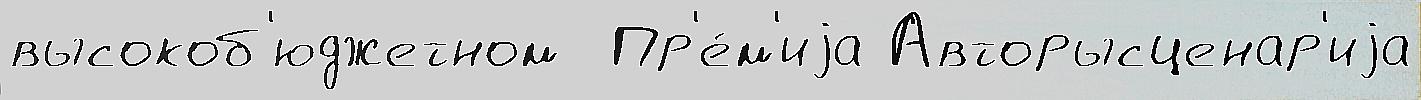
высокоб'юджетном  Пр'е́м'иjа Авторысценар'иjа